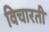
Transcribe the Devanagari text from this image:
विचारती